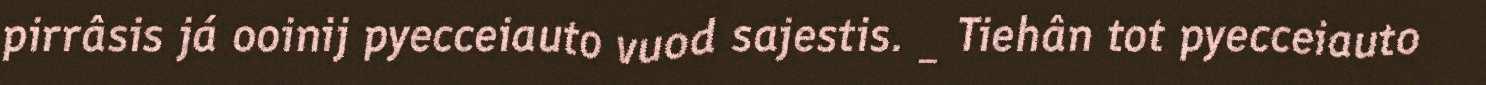
pirrâsis já ooinij pyecceiauto vuod sajestis. _ Tiehân tot pyecceiauto